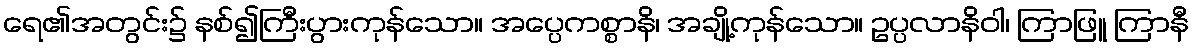
ရေ၏အတွင်း၌ နစ်၍ကြီးပွားကုန်သော။ အပ္ပေကစ္စာနိ၊ အချို့ကုန်သော။ ဥပ္ပလာနိဝါ၊ ကြာဖြူ ကြာနီ